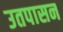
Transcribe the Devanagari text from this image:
उतपासन